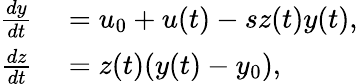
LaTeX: \begin{array}{rl}{\frac{dy}{dt}}&{{}=u_{0}+u(t)-sz(t)y(t),}\\ {\frac{dz}{dt}}&{{}=z(t)(y(t)-y_{0}),}\end{array}